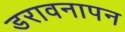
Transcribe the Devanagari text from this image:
डरावनापन